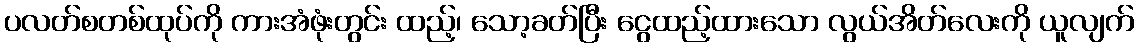
ပလတ်စတစ်ထုပ်ကို ကားအံဖုံးတွင်း ထည့်၊ သော့ခတ်ပြီး ငွေထည့်ထားသော လွယ်အိတ်လေးကို ယူလျက်